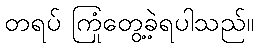
တရပ် ကြုံတွေ့ခဲ့ရပါသည်။